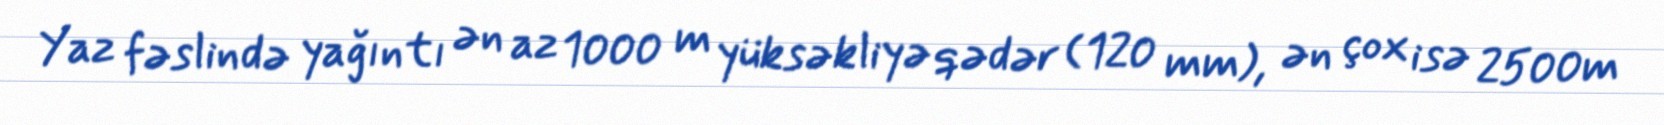
Yaz fəslində yağıntı ən az 1000 m yüksəkliyə qədər (120 mm), ən çox isə 2500m